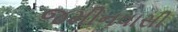
જમીનવાસી